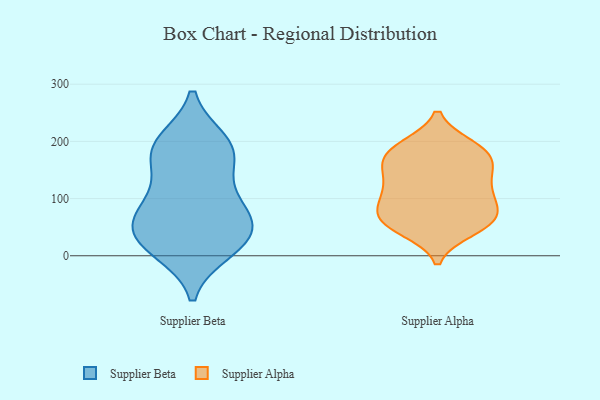
{"axis": {"x": "Energy Usage (MWh)", "y": "Value"}, "legend": ["Supplier Alpha", "Supplier Beta"], "data": [{"x": "", "y": 73, "type": "Supplier Beta"}, {"x": "", "y": 105, "type": "Supplier Beta"}, {"x": "", "y": 199, "type": "Supplier Beta"}, {"x": "", "y": 54, "type": "Supplier Beta"}, {"x": "", "y": 25, "type": "Supplier Beta"}, {"x": "", "y": 189, "type": "Supplier Beta"}, {"x": "", "y": 21, "type": "Supplier Beta"}, {"x": "", "y": 149, "type": "Supplier Beta"}, {"x": "", "y": 60, "type": "Supplier Beta"}, {"x": "", "y": 188, "type": "Supplier Beta"}, {"x": "", "y": 10, "type": "Supplier Beta"}, {"x": "", "y": 84, "type": "Supplier Beta"}, {"x": "", "y": 184, "type": "Supplier Beta"}, {"x": "", "y": 29, "type": "Supplier Beta"}, {"x": "", "y": 187, "type": "Supplier Alpha"}, {"x": "", "y": 112, "type": "Supplier Alpha"}, {"x": "", "y": 129, "type": "Supplier Alpha"}, {"x": "", "y": 183, "type": "Supplier Alpha"}, {"x": "", "y": 192, "type": "Supplier Alpha"}, {"x": "", "y": 161, "type": "Supplier Alpha"}, {"x": "", "y": 51, "type": "Supplier Alpha"}, {"x": "", "y": 111, "type": "Supplier Alpha"}, {"x": "", "y": 62, "type": "Supplier Alpha"}, {"x": "", "y": 93, "type": "Supplier Alpha"}, {"x": "", "y": 152, "type": "Supplier Alpha"}, {"x": "", "y": 163, "type": "Supplier Alpha"}, {"x": "", "y": 45, "type": "Supplier Alpha"}, {"x": "", "y": 70, "type": "Supplier Alpha"}, {"x": "", "y": 79, "type": "Supplier Alpha"}, {"x": "", "y": 106, "type": "Supplier Alpha"}, {"x": "", "y": 55, "type": "Supplier Alpha"}, {"x": "", "y": 150, "type": "Supplier Alpha"}, {"x": "", "y": 190, "type": "Supplier Alpha"}, {"x": "", "y": 63, "type": "Supplier Alpha"}]}